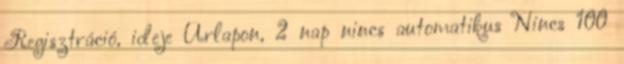
Regisztráció, ideje Űrlapon, 2 nap nincs automatikus Nincs 100